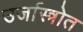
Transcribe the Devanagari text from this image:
उर्जास्त्रोत